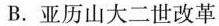
B.亚历山大二世改革